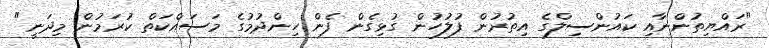
"ރައްޔިތުންނާއި ކައުންސިލްގެ އިތުރުން ފުލުހުން ގުޅިގެން ފެން ހިންދުމުގެ މަސައްކަތް ކުރަމުން މިދަނީ"